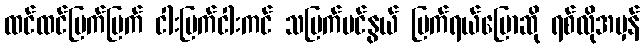
ထင်ထင်ပြက်ပြက် ငါးပြက်ငါးကင် သပြက်ပင်နွယ် ပြက်ရယ်ပြောဆို ရစ်လိုအမှန်